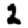
Digit: 2